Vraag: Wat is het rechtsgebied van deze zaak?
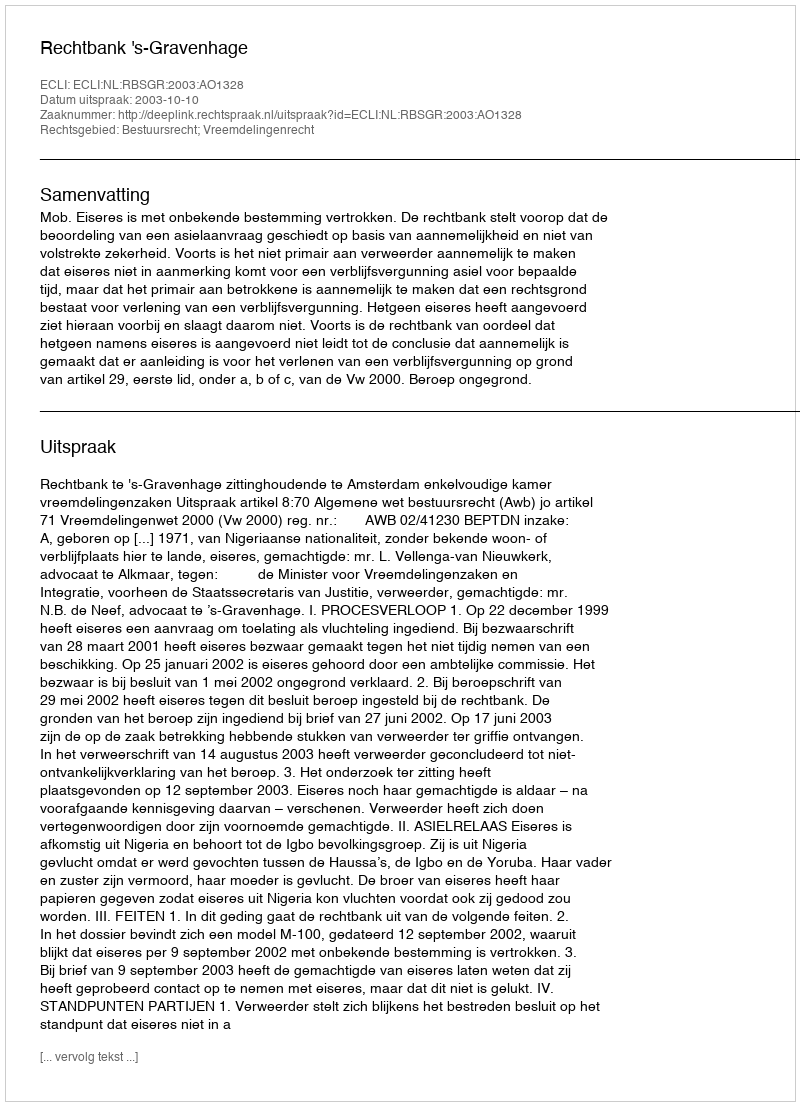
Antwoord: Bestuursrecht; Vreemdelingenrecht